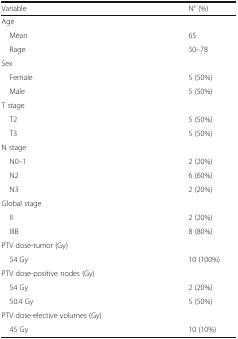
| Variable | N° (%) |
 | --- | --- |
 | <COLSPAN=2> Age |
 | Mean | 65 |
 | Rage | 50–78 |
 | <COLSPAN=2> Sex |
 | Female | 5 (50%) |
 | Male | 5 (50%) |
 | <COLSPAN=2> T stage |
 | T2 | 5 (50%) |
 | T3 | 5 (50%) |
 | <COLSPAN=2> N stage |
 | N0–1 | 2 (20%) |
 | N2 | 6 (60%) |
 | N3 | 2 (20%) |
 | <COLSPAN=2> Global stage |
 | II | 2 (20%) |
 | IIIB | 8 (80%) |
 | <COLSPAN=2> PTV dose-tumor (Gy) |
 | 54 Gy | 10 (100%) |
 | <COLSPAN=2> PTV dose-positive nodes (Gy) |
 | 54 Gy | 2 (20%) |
 | 50.4 Gy | 5 (50%) |
 | <COLSPAN=2> PTV dose-elective volumes (Gy) |
 | 45 Gy | 10 (10%) |